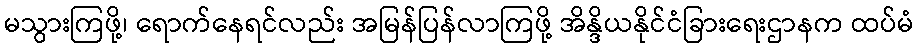
မသွားကြဖို့၊ ရောက်နေရင်လည်း အမြန်ပြန်လာကြဖို့ အိန္ဒိယနိုင်ငံခြားရေးဌာနက ထပ်မံ